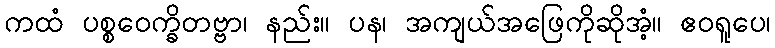
ကထံ ပစ္စဝေက္ခိတဗ္ဗာ၊ နည်း။ ပန၊ အကျယ်အဖြေကိုဆိုအံ့။ ဧဝရူပေ၊